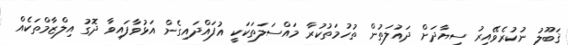
ޤަބޫލު ނުކުރެވޭއިރު ސިޔާދަށް ދައުލަތުން ތުހުމަތުކުރާ މައްސަލަތަކަކީ އުފައްދައިގެން އަޅުވާފައިވާ ދޮގު އިލްޒާމްތަކެއް